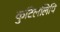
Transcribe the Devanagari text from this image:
कुटिललिपि